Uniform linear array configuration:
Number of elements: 48
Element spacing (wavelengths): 1
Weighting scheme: exponential
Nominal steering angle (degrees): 60
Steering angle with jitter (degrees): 59.945
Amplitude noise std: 0.05
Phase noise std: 0.05

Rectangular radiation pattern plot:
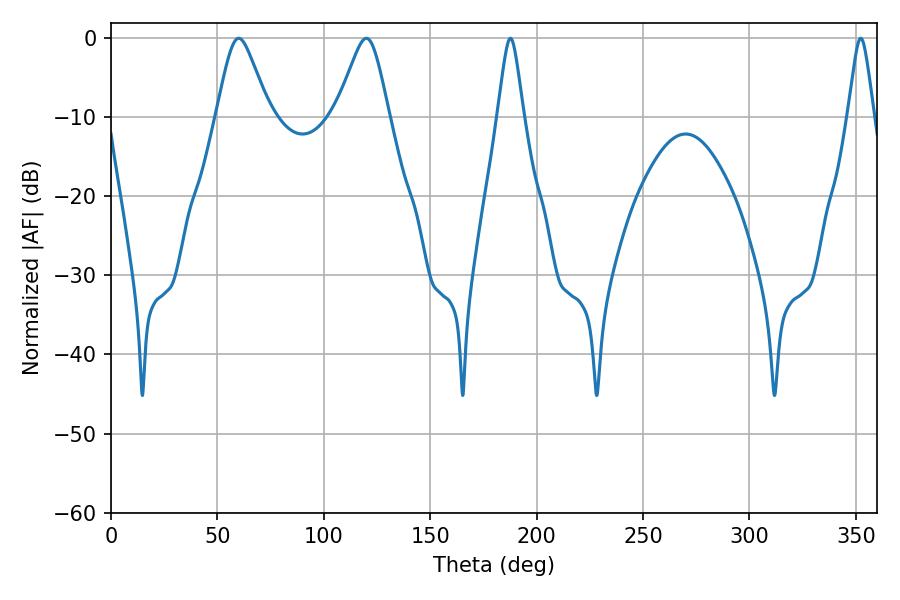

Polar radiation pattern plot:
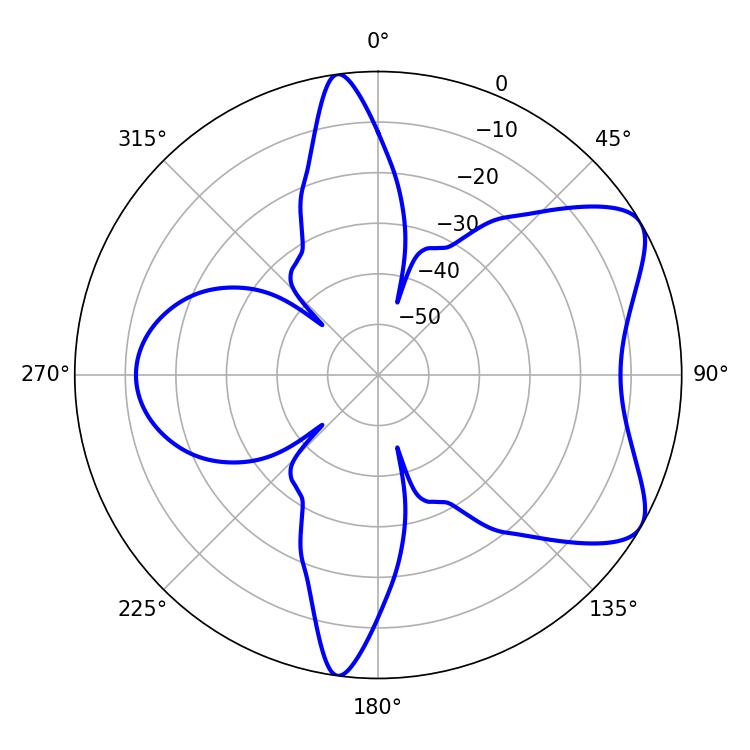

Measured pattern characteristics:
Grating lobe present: TRUE
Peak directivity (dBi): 7.014
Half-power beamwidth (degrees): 11.88
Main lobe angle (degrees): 59.94